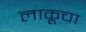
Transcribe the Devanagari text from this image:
लाकूचा